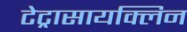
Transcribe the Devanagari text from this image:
टेट्रासायक्लिन